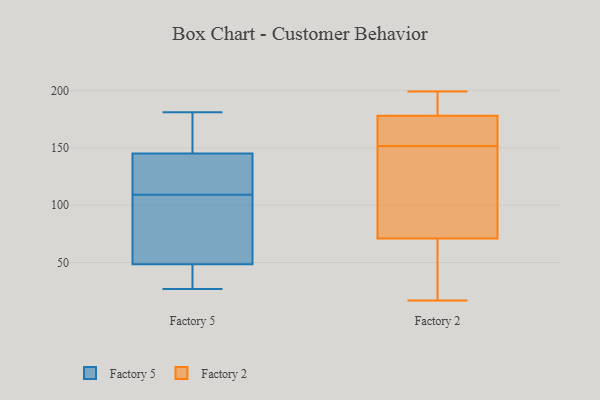
{"axis": {"x": "Revenue (USD Million)", "y": "Value"}, "legend": ["Factory 2", "Factory 5"], "data": [{"x": "", "y": 114, "type": "Factory 5"}, {"x": "", "y": 86, "type": "Factory 5"}, {"x": "", "y": 27, "type": "Factory 5"}, {"x": "", "y": 167, "type": "Factory 5"}, {"x": "", "y": 109, "type": "Factory 5"}, {"x": "", "y": 139, "type": "Factory 5"}, {"x": "", "y": 36, "type": "Factory 5"}, {"x": "", "y": 34, "type": "Factory 5"}, {"x": "", "y": 181, "type": "Factory 5"}, {"x": "", "y": 147, "type": "Factory 5"}, {"x": "", "y": 100, "type": "Factory 5"}, {"x": "", "y": 51, "type": "Factory 2"}, {"x": "", "y": 182, "type": "Factory 2"}, {"x": "", "y": 159, "type": "Factory 2"}, {"x": "", "y": 146, "type": "Factory 2"}, {"x": "", "y": 91, "type": "Factory 2"}, {"x": "", "y": 17, "type": "Factory 2"}, {"x": "", "y": 104, "type": "Factory 2"}, {"x": "", "y": 21, "type": "Factory 2"}, {"x": "", "y": 157, "type": "Factory 2"}, {"x": "", "y": 174, "type": "Factory 2"}, {"x": "", "y": 162, "type": "Factory 2"}, {"x": "", "y": 199, "type": "Factory 2"}, {"x": "", "y": 184, "type": "Factory 2"}, {"x": "", "y": 134, "type": "Factory 2"}, {"x": "", "y": 29, "type": "Factory 2"}, {"x": "", "y": 193, "type": "Factory 2"}]}